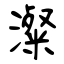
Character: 澯